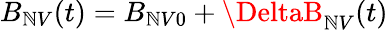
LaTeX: {B_{\mathbb{N}V}(t)=B_{\mathbb{N}V0}+\DeltaB_{\mathbb{N}V}(t)}